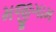
મજીગામ